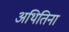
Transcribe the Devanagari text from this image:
अथितिना